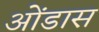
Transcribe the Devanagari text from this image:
ओंडास